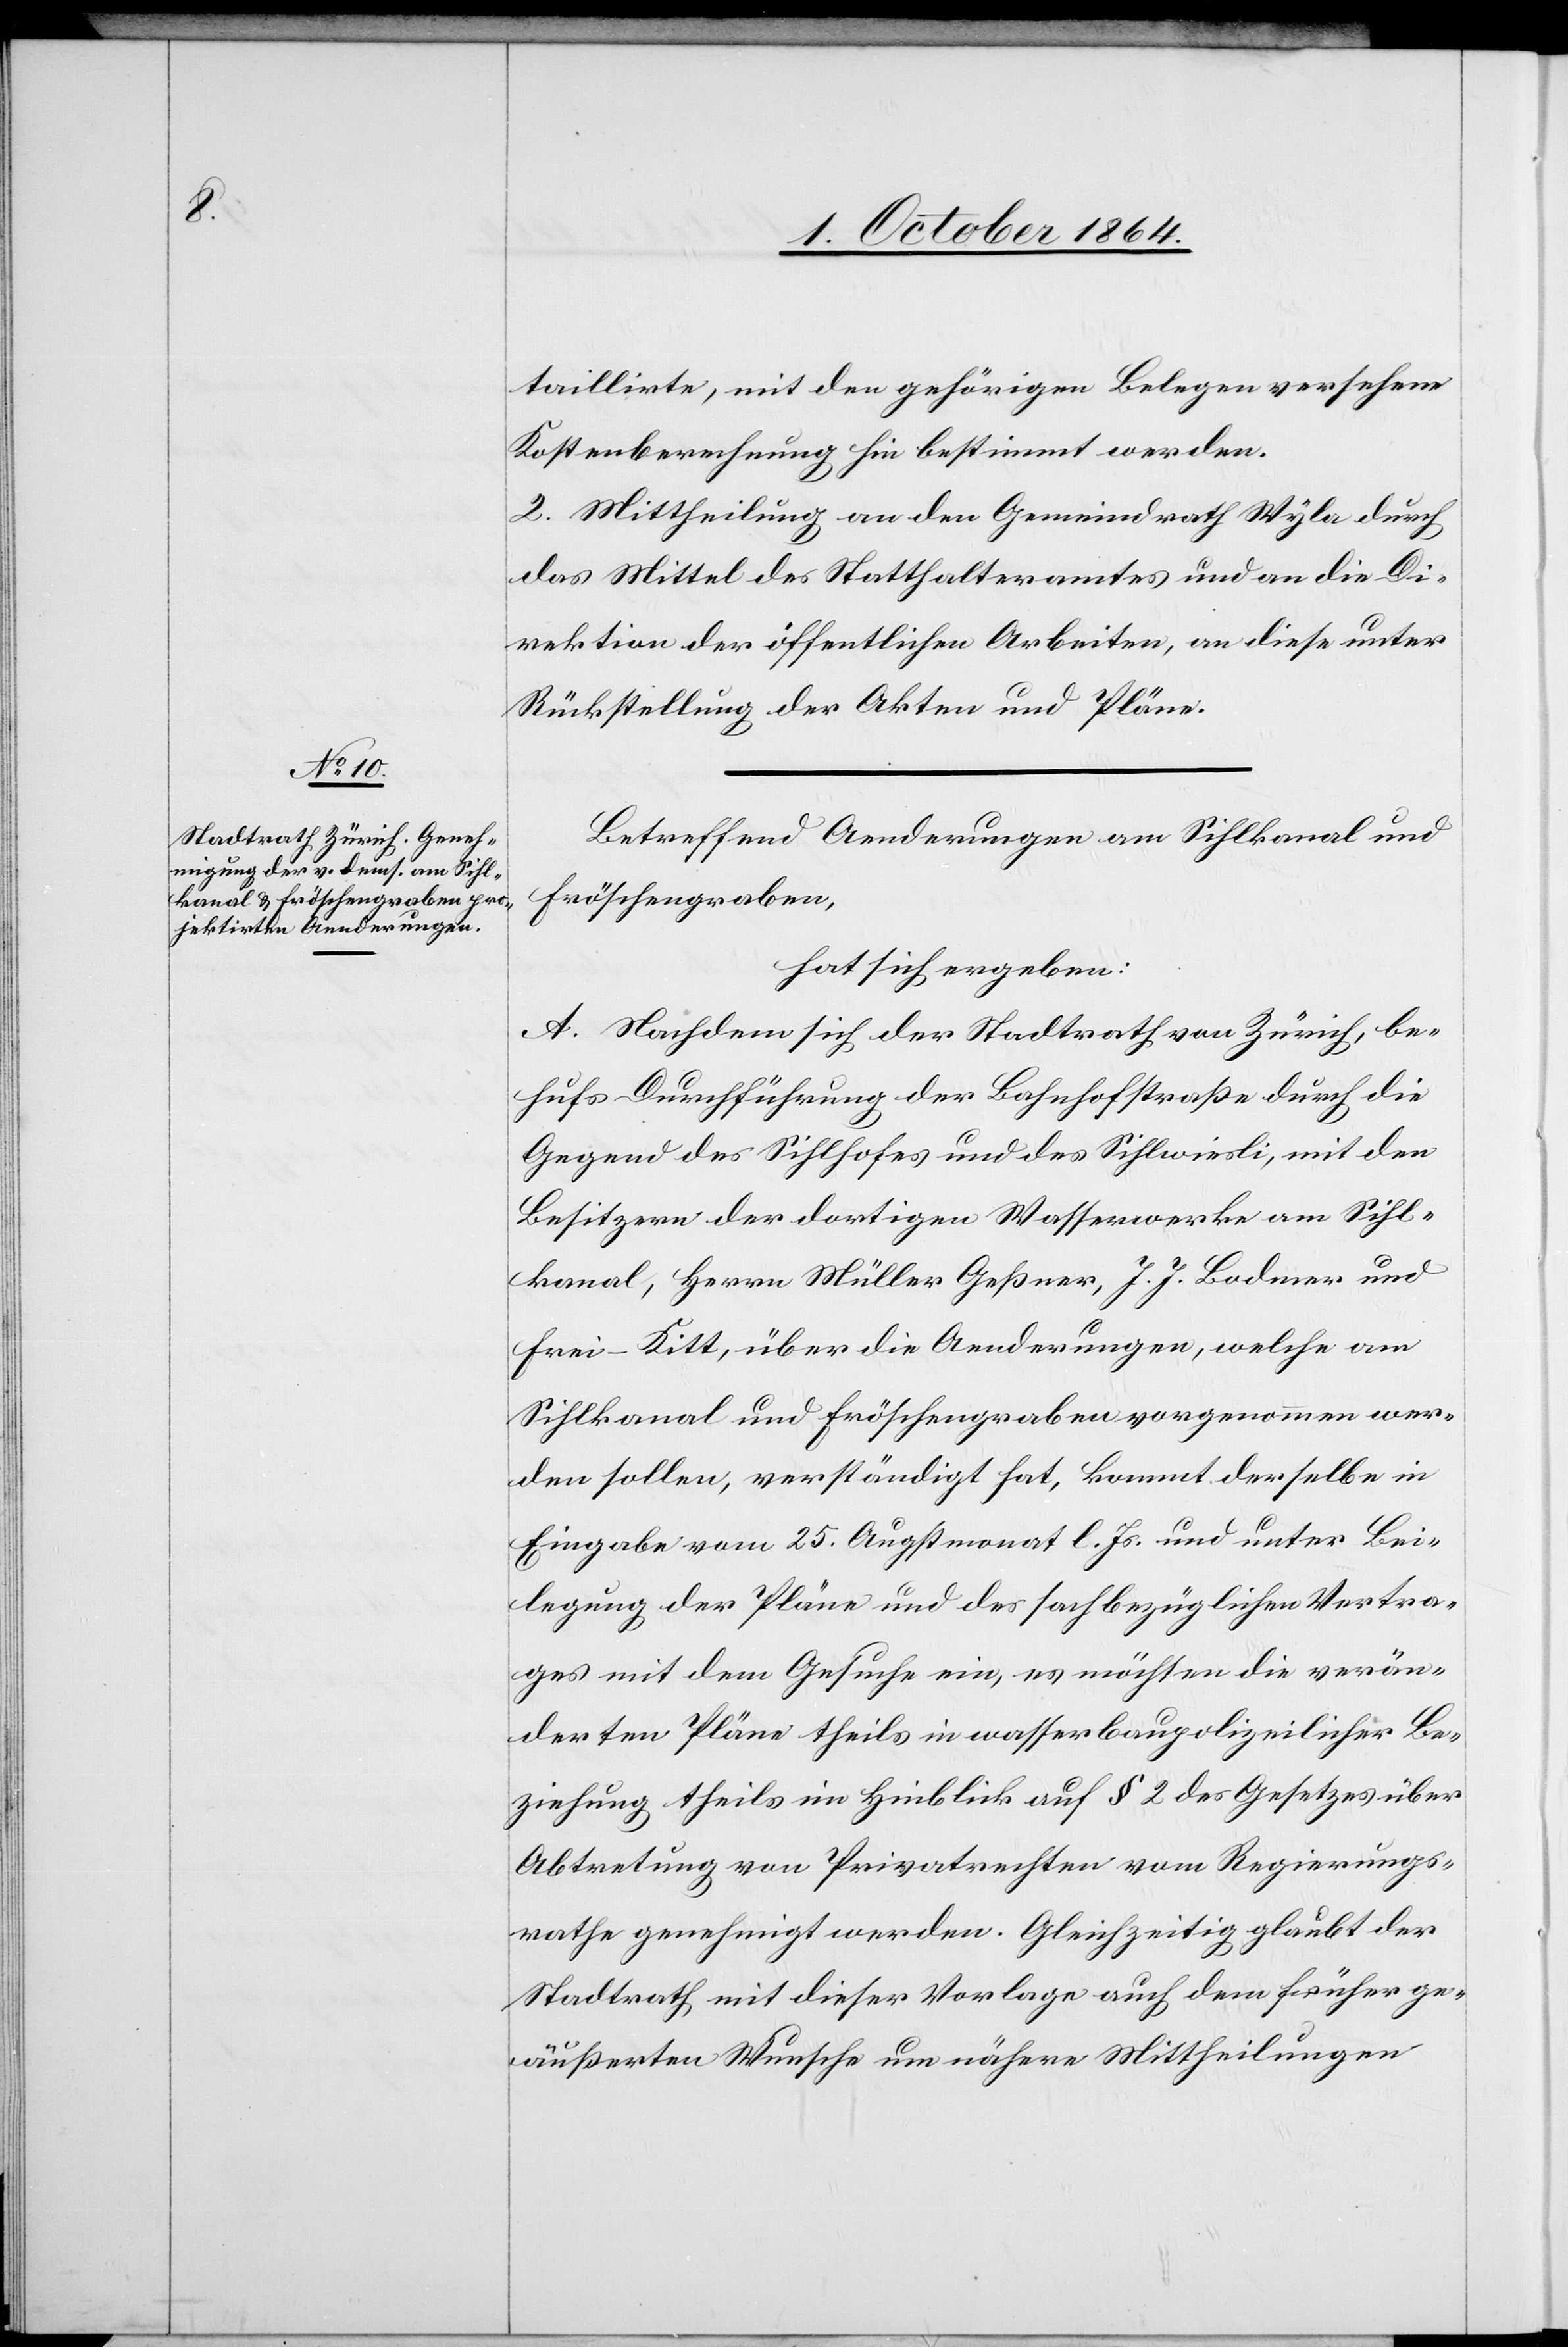
taillirte, mit den gehörigen Belegen versehene
Kostenberechnung hin bestimmt werden.
2. Mittheilung an den Gemeindrath Wyla durch
das Mittel des Statthalteramtes und an die Di¬
rektion der öffentlichen Arbeiten, an diese unter
Rückstellung der Akten und Pläne.
Betreffend Aenderungen am Sihlkanal und
Fröschengraben,
hat sich ergeben:
A. Nachdem sich der Stadtrath von Zürich, be¬
hufs Durchführung der Bahnhofstraße durch die
Gegend des Sihlhofes und das Sihlwiesli, mit den
Besitzern der dortigen Wasserwerke am Sihl¬
kanal, Herrn Müller Geßner, J. J. Bodmer und
Frei-Kitt, über die Aenderungen, welche am
Sihlkanal und Fröschengraben vorgenommen wer¬
den sollen, verständigt hat, kommt derselbe in
Eingabe vom 25. Augstmonat l. Js. und unter Bei¬
legung der Pläne und des sachbezüglichen Vertra¬
ges mit dem Gesuche ein, es möchten die verän¬
derten Pläne theils in wasserbaupolizeilicher Be¬
ziehung theils im Hinblick auf § 2 des Gesetzes über
Abtretung von Privatrechten vom Regierungs¬
rathe genehmigt werden. Gleichzeitig glaubt der
Stadtrath mit dieser Vorlage auch dem früher ge¬
äußerten Wunsche um nähere Mittheilungen